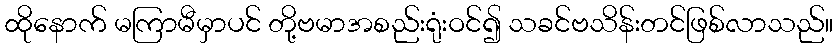
ထိုနောက် မကြာမီမှာပင် တို့ဗမာအစည်းရုံးဝင်၍ သခင်ဗသိန်းတင်ဖြစ်လာသည်။